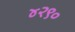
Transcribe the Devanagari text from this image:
४२९०